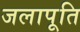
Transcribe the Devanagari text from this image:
जलापूति